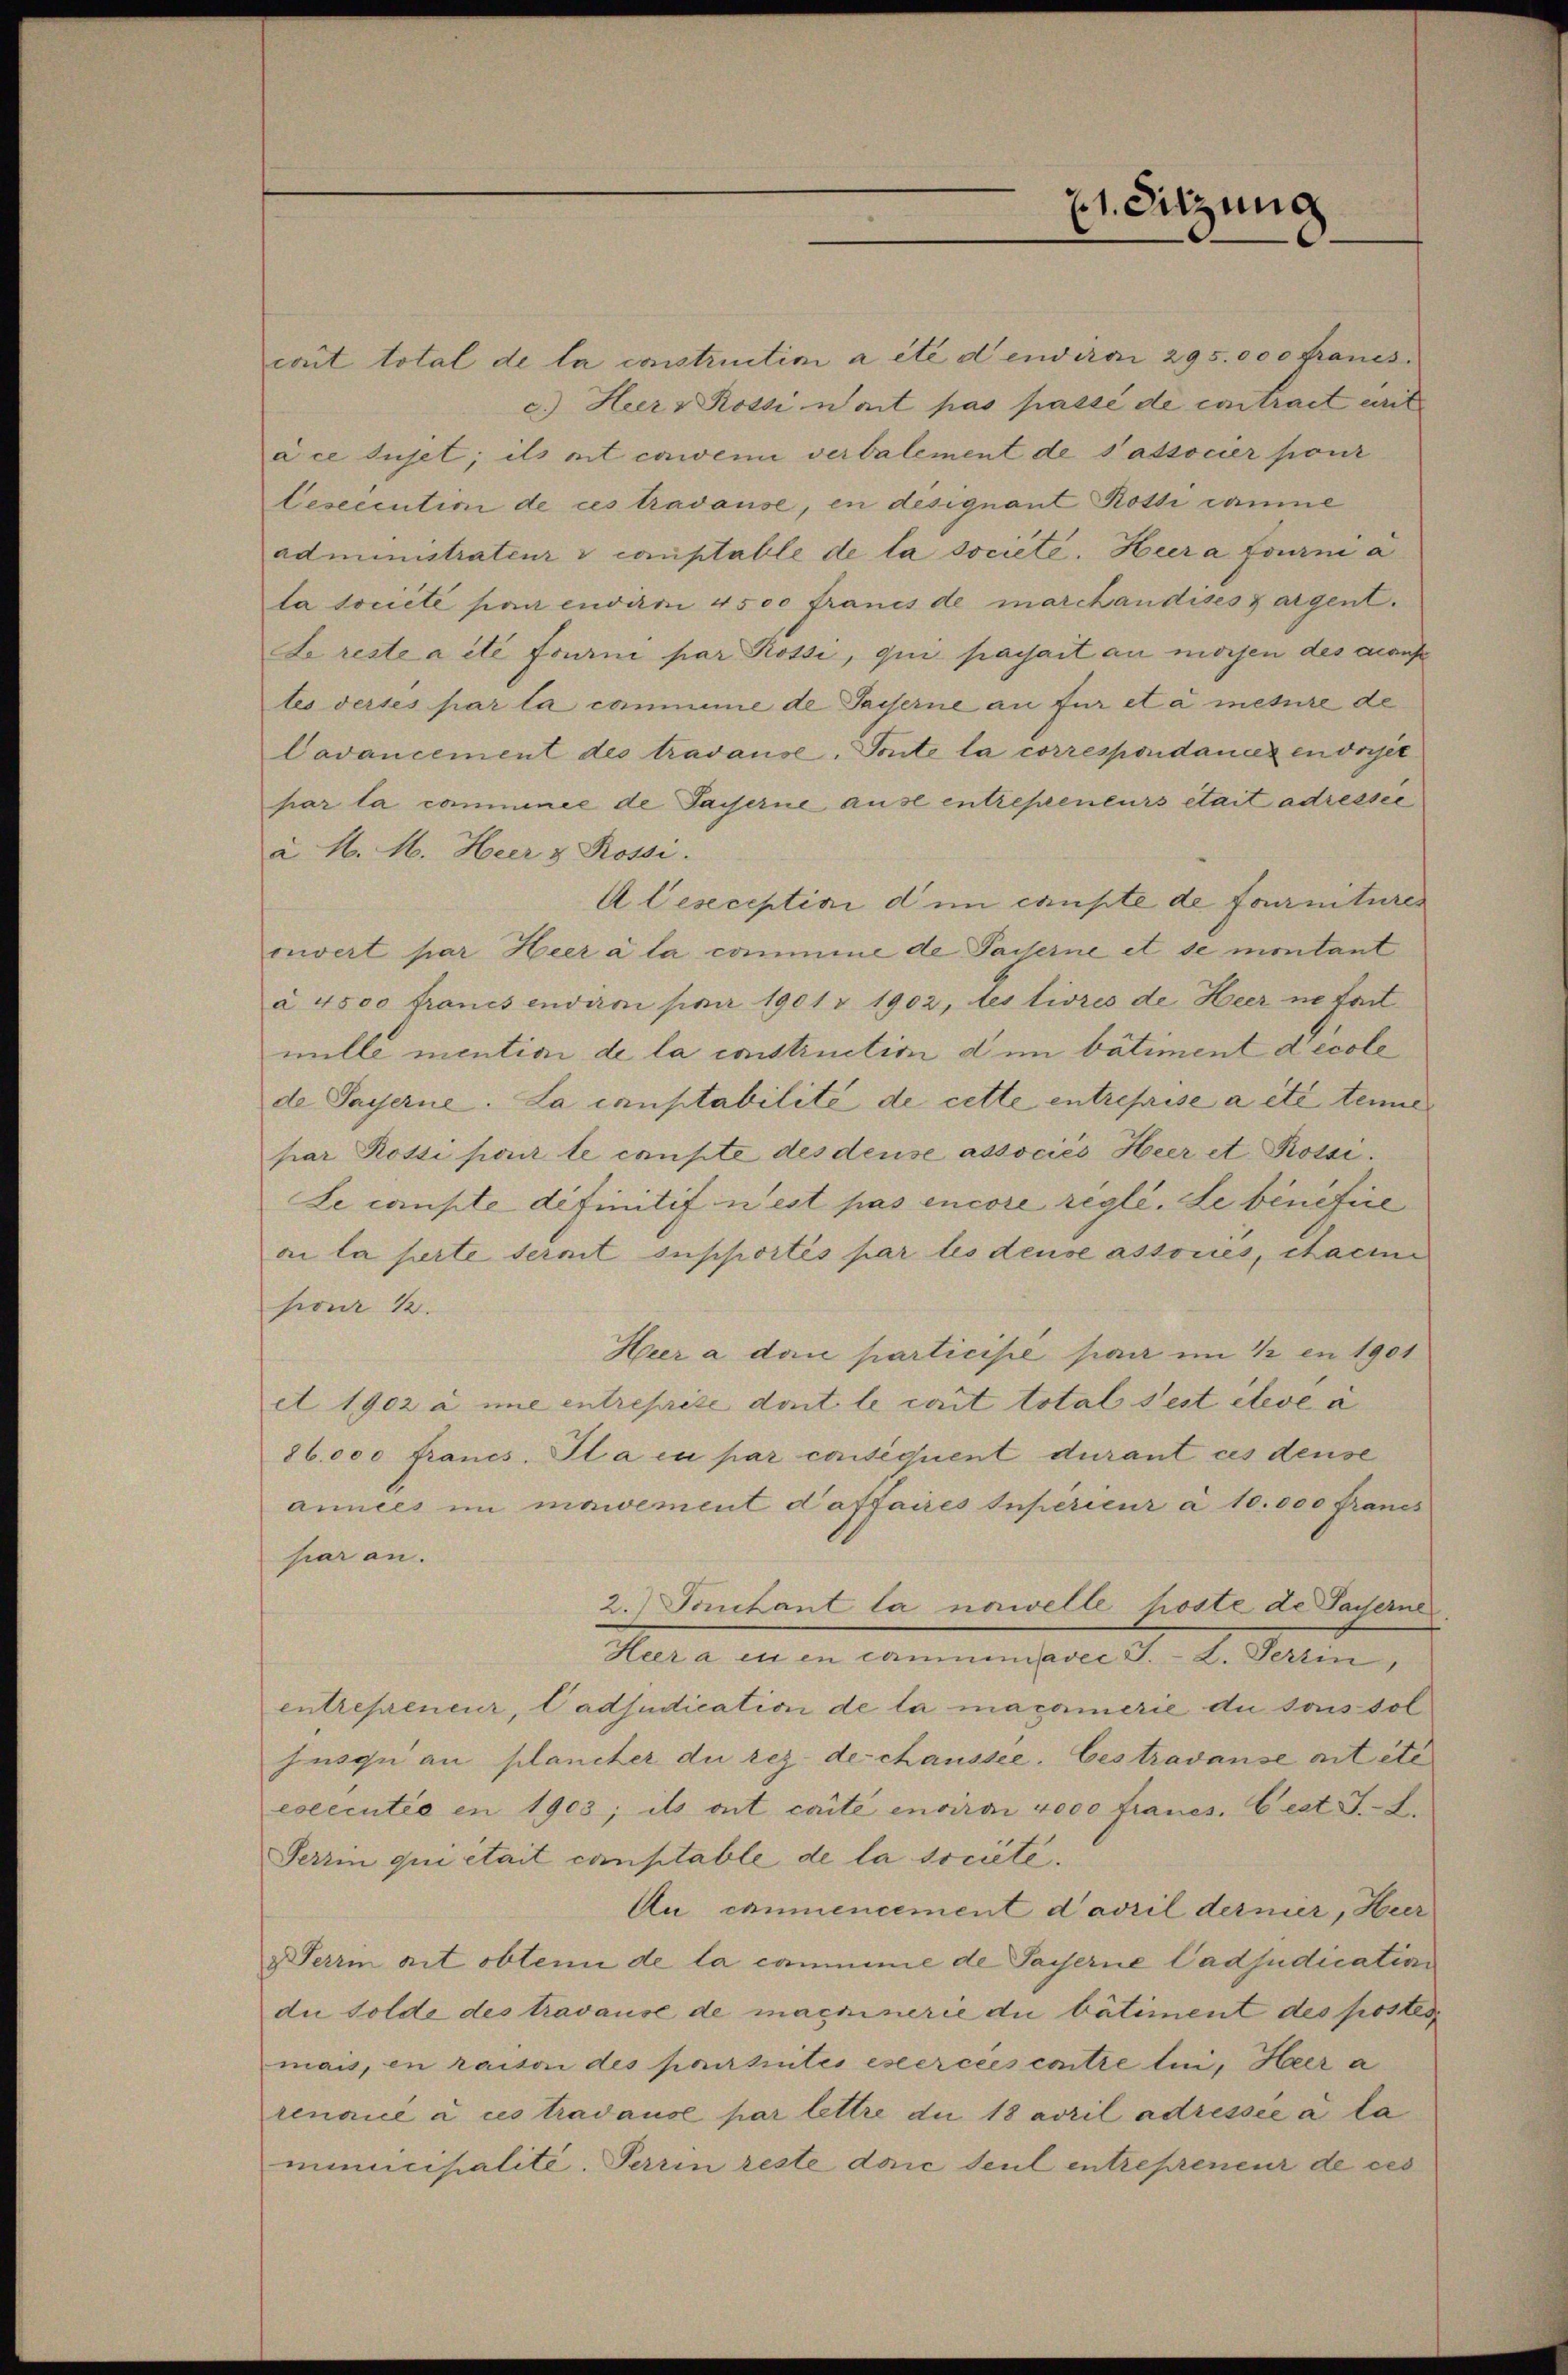
cant total de la constructimi a été d endira 295.000 Franes.
c.) Heer v Rossi wart pas passé de contract ert
ace sujet; ils mit erwen verbalement de sassocier pour
Ceseecution de ces tradause, en designant Rossi camine
administrateur à comptable de la societe. Hiera fourni a
la société par endiren 4500 francs de marchandises zaigent.
Le reste a été fourni par Rossi, qui passart au mosen des Kauf
tes verses par la commine de Gaiserne an für et à mesure de
Cavancement des travause. Toute la correspondances endiget
par la commnee de Payerne ause entrepreneurs était adresser
a M. M. Heer & Rossi.
A leseceptini dem caupte de fournitures
cevert par Heer à la commine de Paiserne et se montant
à 4500 francs environ paar 1901 § 1902, des livres de Heer ne fort
mille mention de la construction dem batiment decole
de Payerne. La comptabilité de cette entreprise a etc. tene
par Rossi par le compte des deuse associés Heer et Rossi¬
Le compte definitif n est pas encore réglé. Le bénéfice
ai la perte serait supportés par les dense associés, cacine
pour ½.
Heer a dari participe par im 1 en 1901
et 1902 à une entreprise dont le crit total sest éteve a
86.000 francs. Il a eu par consequent durant ces dense
années im mawement d’affaires Inperieur à 10.000 Francs
saran.
2.Sutant la nawelle potte de Facherne
Heer a eu en camminiavec J. L. Fertin,
entrepreneur, ladjudication de la macamerie du sous sol
jusqui au plancher du rez. de chaussee. Ces tradause ait etc
executio en 1903; ils ont carte enviror 4000 Franes. best. J. J.
Terrin qui était constable de la societe.
Au commencement d’avril dernier, Heer
& Terrin ait obtenu de la commme de Payerne Cadjudication
die Solde des travause de machinerie du bâtiment des posten
mais, en raison des poursuites exercées contre lui, Heer a
renaicé à ces tradause par lettre du 18 avril adressée à la
municipalité. Terrin reste doić seul entrepreneur de ces

21. Sitzung